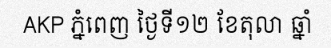
AKP ភ្នំពេញ ថ្ងៃទី១២ ខែតុលា ឆ្នាំ